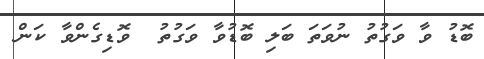
ބޮޑު ވާ ވަގުތު ނުވަތަ ބަލި ބޮޑުވާ ވަގުތު  ވޮޑިގެންވާ ކަން